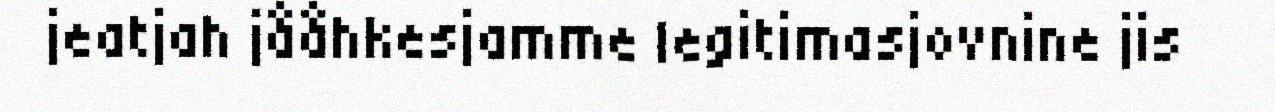
jeatjah jååhkesjamme legitimasjovnine jis